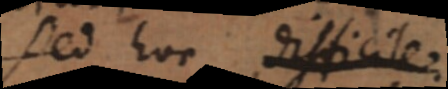
Sed hoc difficile